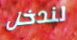
لندخل